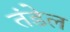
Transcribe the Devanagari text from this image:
तंडेल